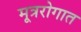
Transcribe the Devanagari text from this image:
मूत्ररोगात